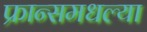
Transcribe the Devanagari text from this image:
फ्रान्समधल्या